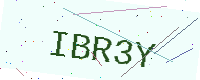
Text: IBR3Y